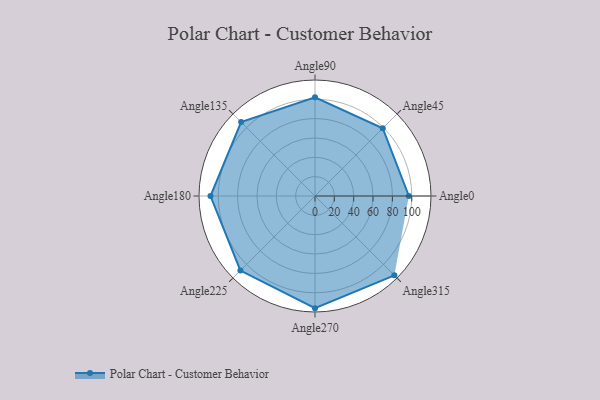
{"axis": {"x": "Angle", "y": "Radius"}, "legend": [""], "data": [{"x": "Angle0", "y": 97.0, "type": ""}, {"x": "Angle45", "y": 99.0, "type": ""}, {"x": "Angle90", "y": 102.0, "type": ""}, {"x": "Angle135", "y": 108.0, "type": ""}, {"x": "Angle180", "y": 108.0, "type": ""}, {"x": "Angle225", "y": 109.0, "type": ""}, {"x": "Angle270", "y": 116.0, "type": ""}, {"x": "Angle315", "y": 116.0, "type": ""}]}